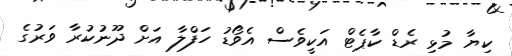
ކިޔާ މުޅި ރެޑް ކާޕެޓް އަކީވެސް އެވޯޑު ހަފްލާ އަށް ދޫނުކުރާ ވަރުގެ